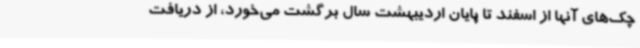
چک‌های آنها از اسفند تا پایان اردیبهشت سال برگشت می‌خورد، از دریافت